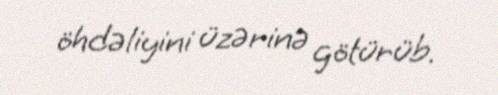
öhdəliyini üzərinə götürüb.